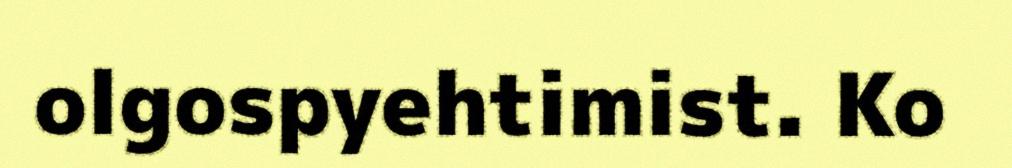
olgospyehtimist. Ko